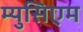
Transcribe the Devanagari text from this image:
म्युसिएम